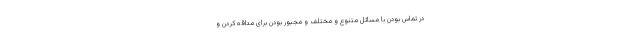
در تماس بودن با مسائل متنوع و مختلف و مجبور بودن برای مداقه کردن و